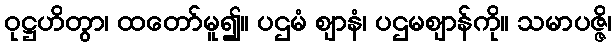
ဝုဋ္ဌဟိတွာ၊ ထတော်မူ၍။ ပဌမံ ဈာနံ၊ ပဌမဈာန်ကို။ သမာပဇ္ဇိ၊